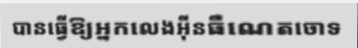
បានធ្វើឱ្យអ្នកលេងអ៊ីនធឺណេតចោទ